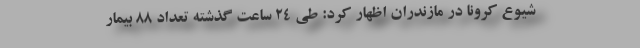
شیوع کرونا در مازندران اظهار کرد: طی ۲۴ ساعت گذشته تعداد ۸۸ بیمار